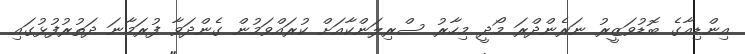
އިންޑިއާގެ ބޮޑުވަޒީރު ނަރެންދްރަ މޯދީ މިހާރު ސްރިލަންކާއަށް ކުރައްވަމުން ގެންދަވާ ފުރަމާނަ ދަތުރުފުޅުގައި